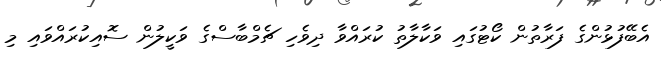
އެބޭފުޅުންގެ ފަރާތުން ކޯޓުގައި ވަކާލާތު ކުރައްވާ ދިވެހި ޗެމްބާސްގެ ވަކީލުން ސޮއިކުރައްވައި މި